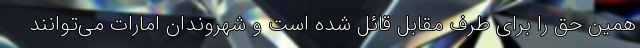
همین حق را برای طرف مقابل قائل شده است و شهروندان امارات می‌توانند